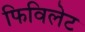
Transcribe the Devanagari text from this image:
फिविलेट